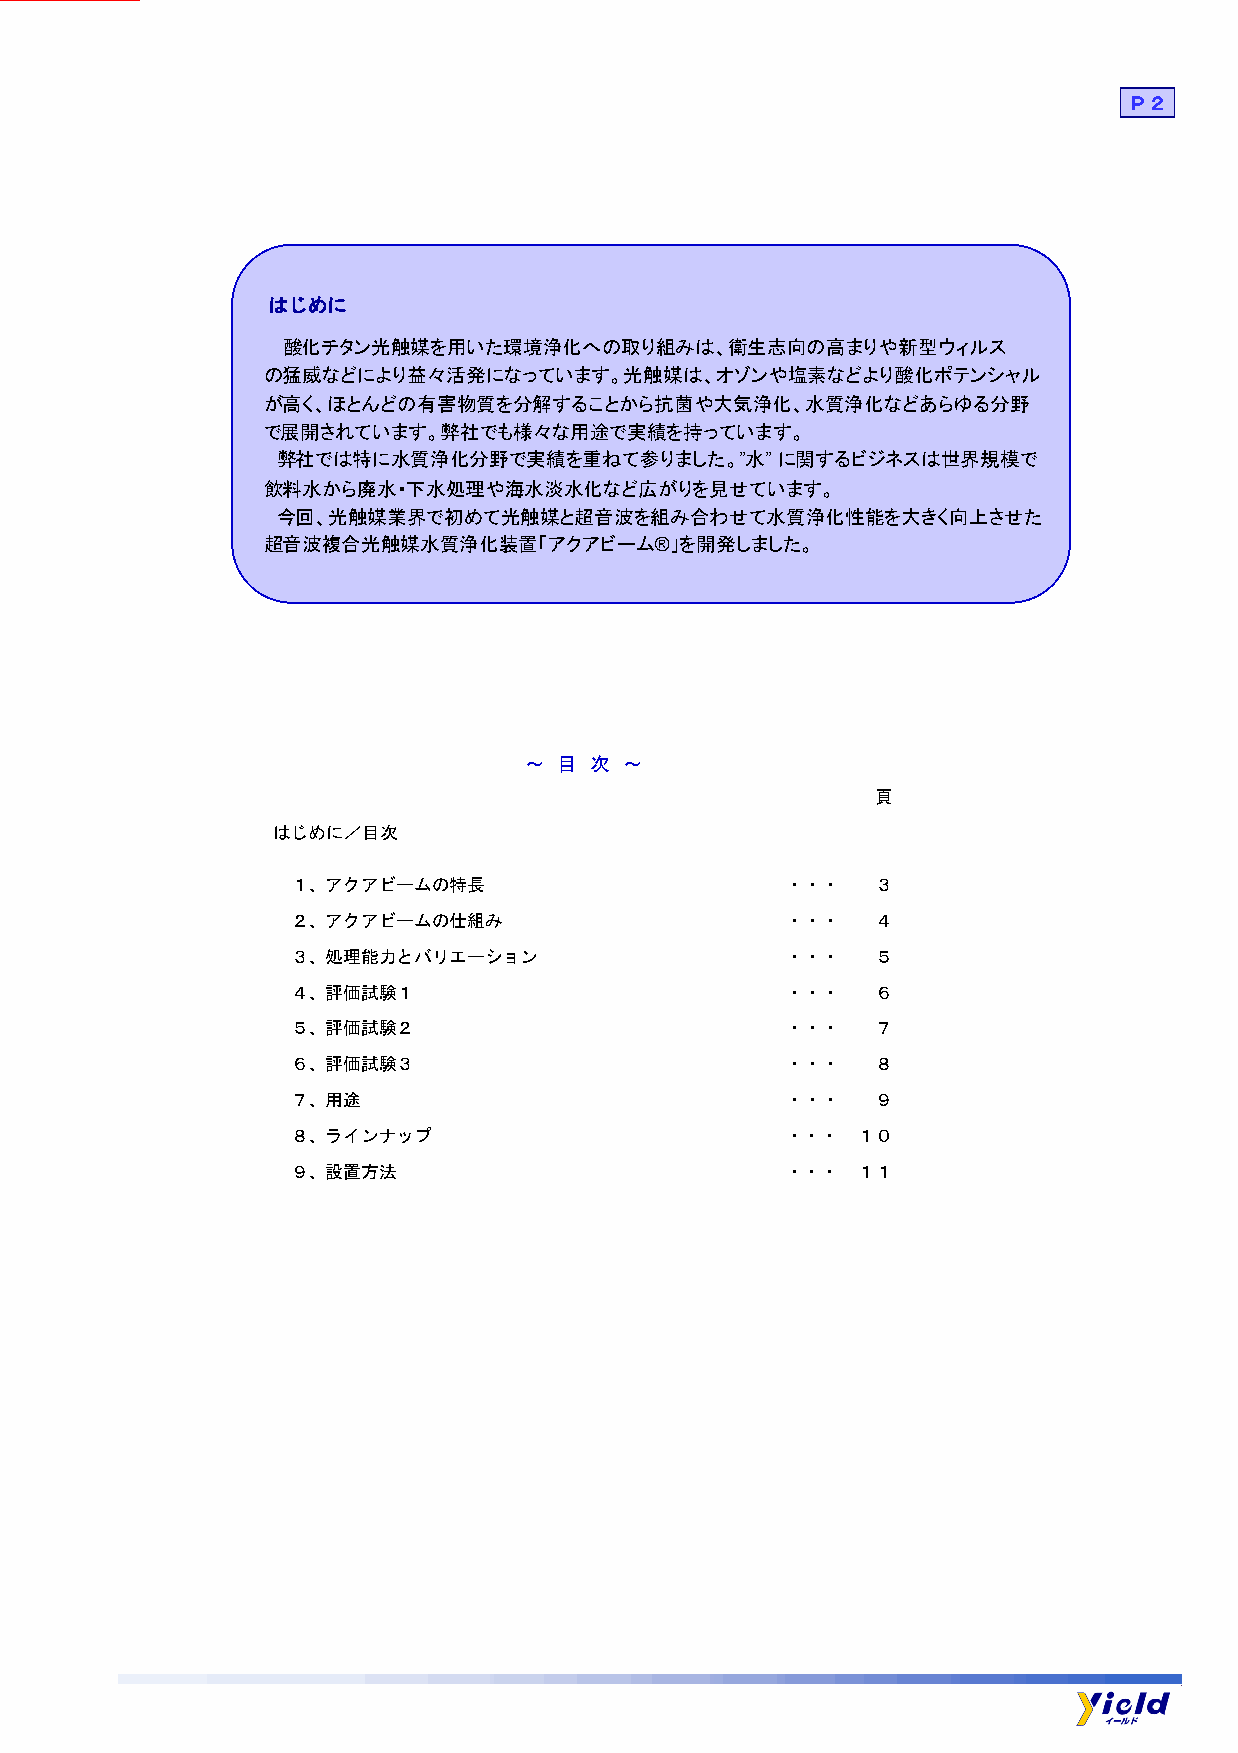
Ｐ２
 はじめに
 酸化チタン光触媒を用いた環境浄化への取り組みは、衛生志向の高まりや新型ウィルス
 の猛威などにより益々活発になっています。光触媒は、オゾンや塩素などより酸化ポテンシャル
 が高く、ほとんどの有害物質を分解することから抗菌や大気浄化、水質浄化などあらゆる分野
 で展開されています。弊社でも様々な用途で実績を持っています。
 弊社では特に水質浄化分野で実績を重ねて参りました。”水”に関するビジネスは世界規模で
 飲料水から廃水・下水処理や海水淡水化など広がりを見せています。
 今回、光触媒業界で初めて光触媒と超音波を組み合わせて水質浄化性能を大きく向上させた
 超音波複合光触媒水質浄化装置「アクアビーム®」を開発しました。
 ～ 目 次 ～
 頁
 はじめに／目次
 １、アクアビームの特長                      ・・・   ３
 ２、アクアビームの仕組み                     ・・・   ４
 ３、処理能力とバリエーション                   ・・・   ５
 ４、評価試験１                          ・・・   ６
 ５、評価試験２                          ・・・   ７
 ６、評価試験３                          ・・・   ８
 ７、用途                             ・・・   ９
 ８、ラインナップ                         ・・・  １０
 ９、設置方法                           ・・・  １１